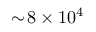
\sim \! 8 \times 1 0 ^ { 4 }